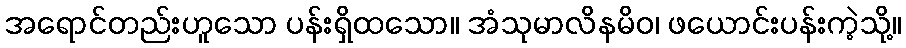
အရောင်တည်းဟူသော ပန်းရှိထသော။ အံသုမာလိနမိဝ၊ ဖယောင်းပန်းကဲ့သို့။